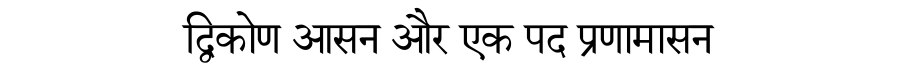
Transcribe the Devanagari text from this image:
द्विकोण आसन और एक पद प्रणामासन